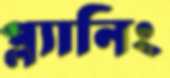
প্ল্যানিং